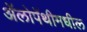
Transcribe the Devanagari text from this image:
ॲलोपॅथीमधील